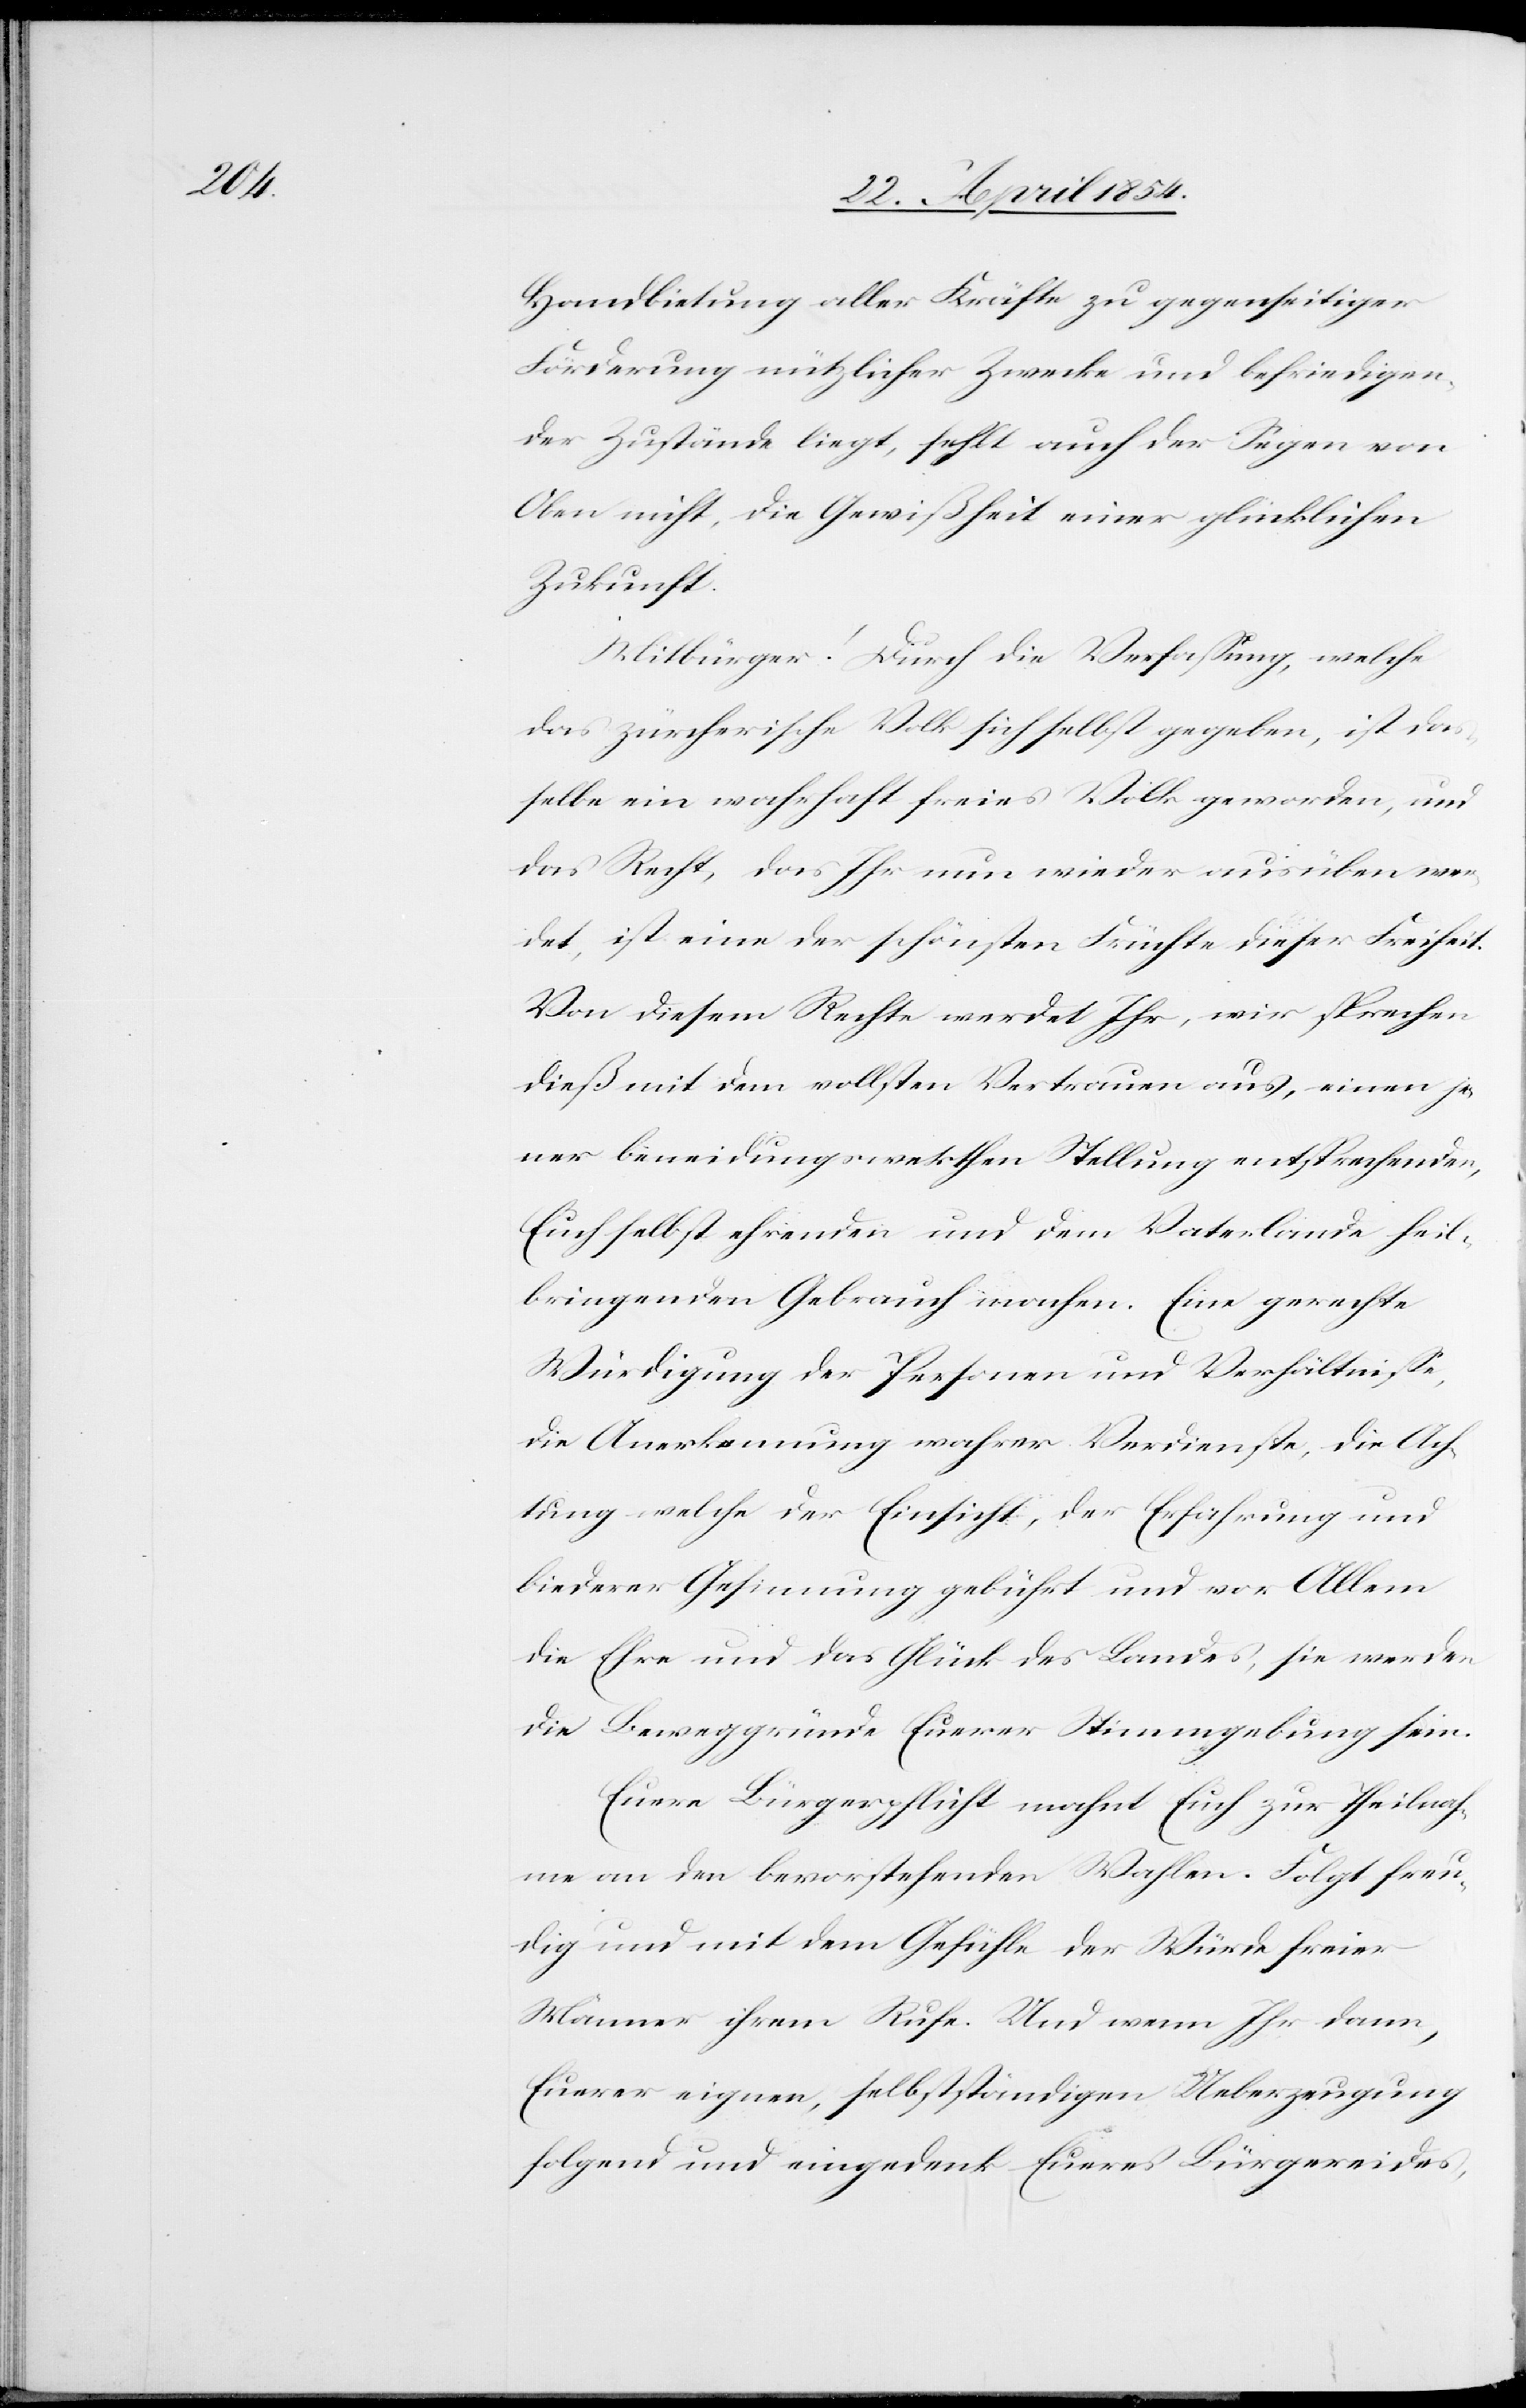
Handbietung aller Kräfte zu gegenseitiger
Förderung nützlicher Zwecke und befriedigen¬
der Zustände liegt, fehlt auch der Segen von
Oben nicht, die Gewißheit einer glücklichen
Zukunft.
Mitbürger! Durch die Verfaßung, welche
das zürcherische Volk sich selbst gegeben, ist das¬
selbe ein wahrhaft freies Volk geworden, und
das Recht, das Ihr nun wieder ausüben wer¬
det, ist eine der schönsten Früchte dieser Freiheit.
Von diesem Rechte werdet Ihr, wir sprechen
dieß mit dem vollsten Vertrauen aus, einen je¬
ner beneidungswetsthen [sic!] Stellung entsprechenden,
Euch selbst ehrenden und dem Vaterlande heil¬
bringenden Gebrauch machen. Eine gerechte
Würdigung der Personen und Verhältniße,
die Anerkennung wahrer Verdienste, die Ach¬
tung welche der Einsicht, der Erfahrung und
biederer Gesinnung gebührt und vor Allem
die Ehre und das Glück des Landes, sie werden
die Beweggründe Euerer Stimmgebung sein.
Euere Bürgerpflicht mahnt Euch zur Theilnah¬
me an den bevorstehenden Wahlen. Folgt freu¬
dig und mit dem Gefühle der Würde freier
Männer ihrem Rufe. Und wenn Ihr dann,
Euerer eignen, selbstständigen Ueberzeugung
folgend und eingedenk Eueres Bürgereides,